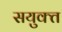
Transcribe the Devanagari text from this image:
सयुक्‍त